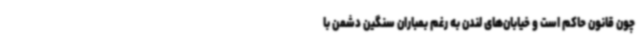
چون قانون حاکم است و خیابان‌های لندن به رغم بمباران سنگین دشمن با